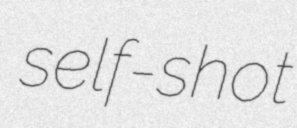
self-shot